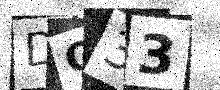
Text: DQ33